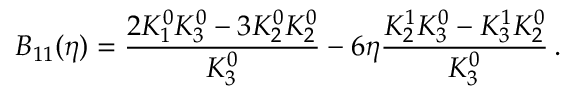
B _ { 1 1 } ( \eta ) = \frac { 2 K _ { 1 } ^ { 0 } K _ { 3 } ^ { 0 } - 3 K _ { 2 } ^ { 0 } K _ { 2 } ^ { 0 } } { K _ { 3 } ^ { 0 } } - 6 \eta \frac { K _ { 2 } ^ { 1 } K _ { 3 } ^ { 0 } - K _ { 3 } ^ { 1 } K _ { 2 } ^ { 0 } } { K _ { 3 } ^ { 0 } } \, .